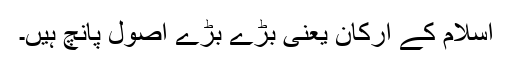
اسلام کے ارکان یعنی بڑے بڑے اصول پانچ ہیں۔